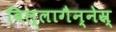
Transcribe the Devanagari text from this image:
बिल्लागैन्नेस्र्